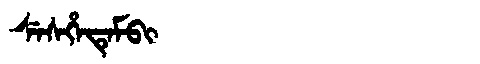
Manchu: ᠰᡝᠰᡥᡝᡨᡝᠮᠪᡳ
Romanization: SESHETEMBI